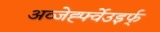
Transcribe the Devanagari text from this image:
अव्जेर्ह्फ्वेउइर्फ्